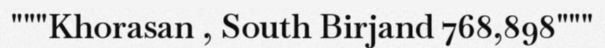
"""Khorasan , South Birjand 768,898"""